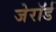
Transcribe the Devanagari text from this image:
जेरॉर्ड